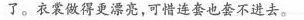
了。衣裳做得更漂亮，可惜连套也套不进去。